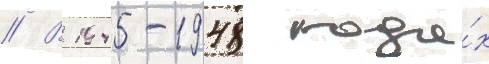
// В 1945-1948 года́х